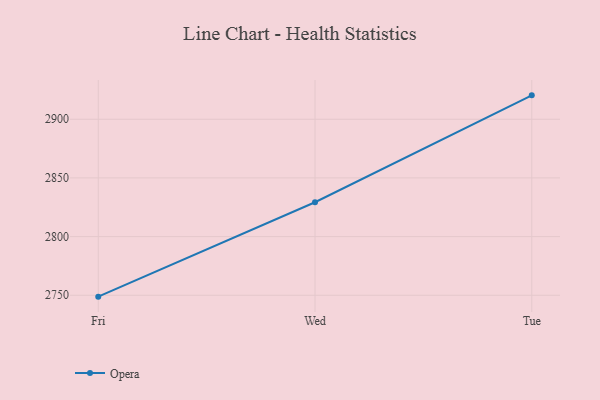
{"axis": {"x": "Day", "y": "Shipments"}, "legend": ["Opera"], "data": [{"x": "Fri", "y": 2748.8, "type": "Opera"}, {"x": "Wed", "y": 2829.3, "type": "Opera"}, {"x": "Tue", "y": 2920.4, "type": "Opera"}]}